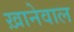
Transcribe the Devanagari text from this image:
ख़ानेवाल